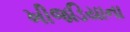
ખીજડિયાના